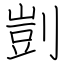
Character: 剴